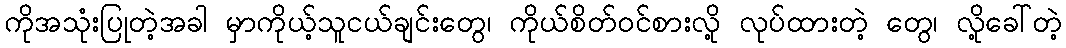
ကိုအသုံးပြုတဲ့အခါ မှာကိုယ့်သူငယ်ချင်းတွေ၊ ကိုယ်စိတ်ဝင်စားလို့ လုပ်ထားတဲ့ တွေ၊ လို့ခေါ်တဲ့